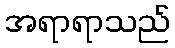
အရာရာသည်